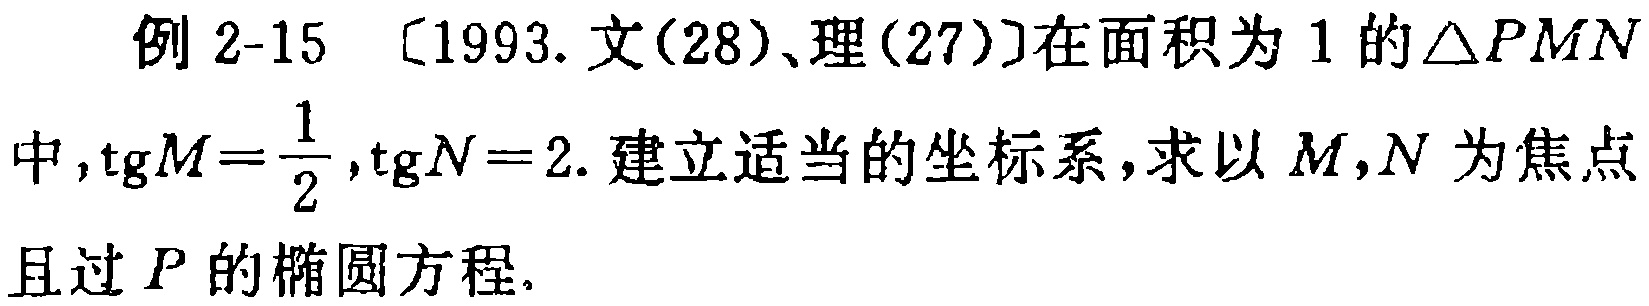
例 2-15 〔1993. 文(28)、理(27)〕在面积为 1 的$\triangle PMN$中,$\mathrm{tg}M = \frac{1}{2},\mathrm{tg}N = 2$. 建立适当的坐标系,求以$M,N$为焦点且过$P$的椭圆方程.